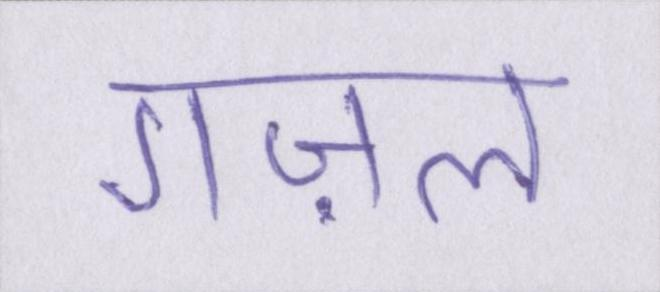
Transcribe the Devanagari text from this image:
गज़ल